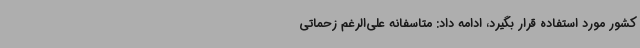
کشور مورد استفاده قرار بگیرد، ادامه داد: متاسفانه علی‌الرغم زحماتی